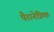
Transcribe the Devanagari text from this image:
पैरानेफ्रिक